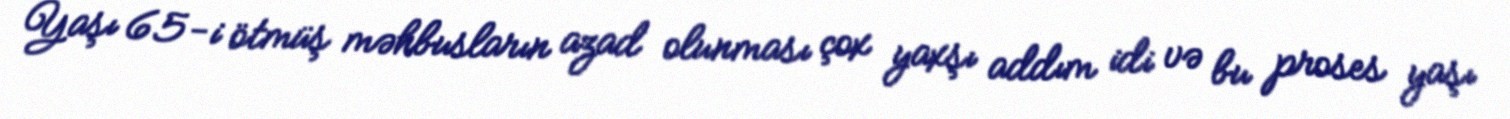
Yaşı 65-i ötmüş məhbusların azad olunması çox yaxşı addım idi və bu proses yaşı